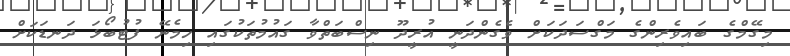
މިގޭމްގެ ބައިވެރިންގެ މަގްސަދަކަށް ވެގެންދަނީ އުރީދޫ ނިސްބަތްވާ ގައުމުތަކުގައި ހިމެނޭ ފުޓުބޯޅަ ދަނޑަކަށް